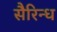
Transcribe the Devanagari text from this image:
सैरिन्ध